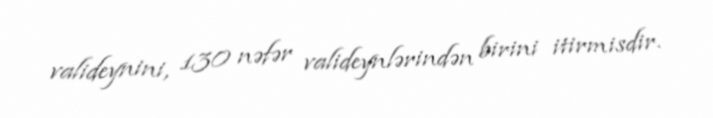
valideynini, 130 nəfər valideynlərindən birini itirmisdir.